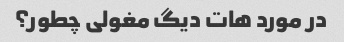
در مورد هات دیگ مغولی چطور؟